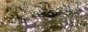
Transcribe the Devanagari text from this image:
१३३९मध्ये